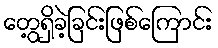
တွေ့ရှိခဲ့ခြင်းဖြစ်ကြောင်း